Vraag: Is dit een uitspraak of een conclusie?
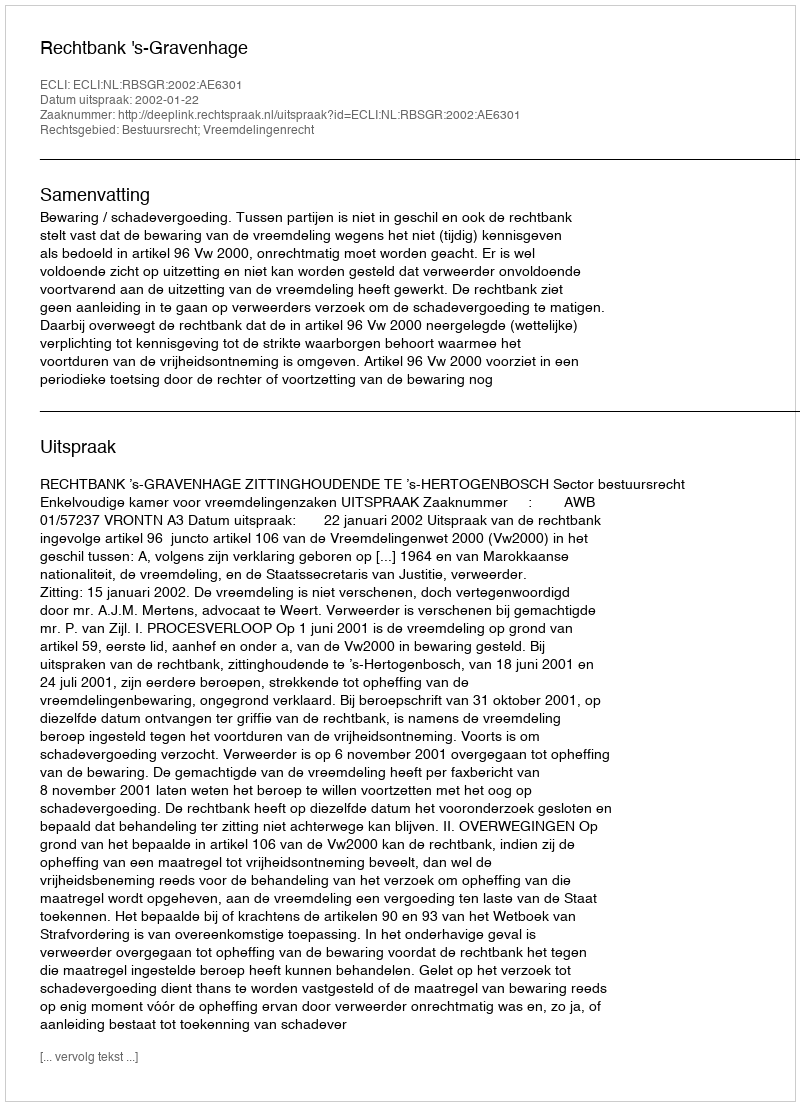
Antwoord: Uitspraak